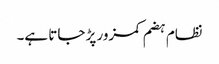
نظام ہضم کمزور پڑ جاتا ہے۔